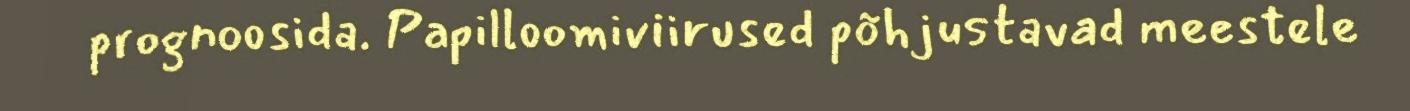
prognoosida. Papilloomiviirused põhjustavad meestele